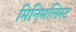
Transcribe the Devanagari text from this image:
मिनिमलिस्ट